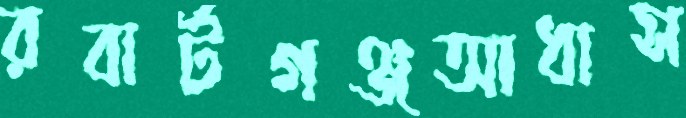
রবার্টগঞ্জআধাস